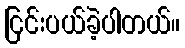
ငြင်းပယ်ခဲ့ပါတယ်။